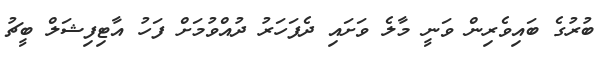
ބުރުގެ ބައިވެރިން ވަނީ މާލެ ވަށައި ދެފަހަރު ދުއްވުމަށް ފަހު އާޓިފިޝަލް ބީޗު